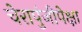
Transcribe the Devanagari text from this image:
चेरापुंजीपेक्षा